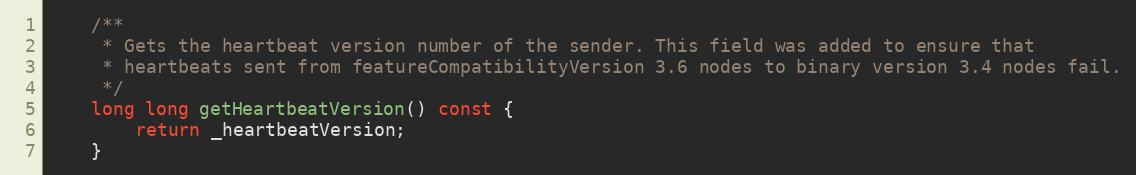
Language: C
    /**
     * Gets the heartbeat version number of the sender. This field was added to ensure that
     * heartbeats sent from featureCompatibilityVersion 3.6 nodes to binary version 3.4 nodes fail.
     */
    long long getHeartbeatVersion() const {
        return _heartbeatVersion;
    }